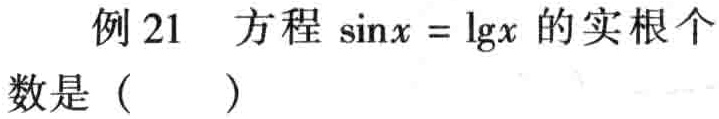
例 21  方程\(\sin x = \lg x\)的实根个数是（  ）